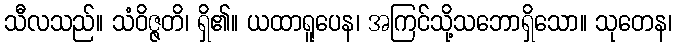
သီလသည်။ သံဝိဇ္ဇတိ၊ ရှိ၏။ ယထာရူပေန၊ အကြင်သို့သဘောရှိသော။ သုတေန၊